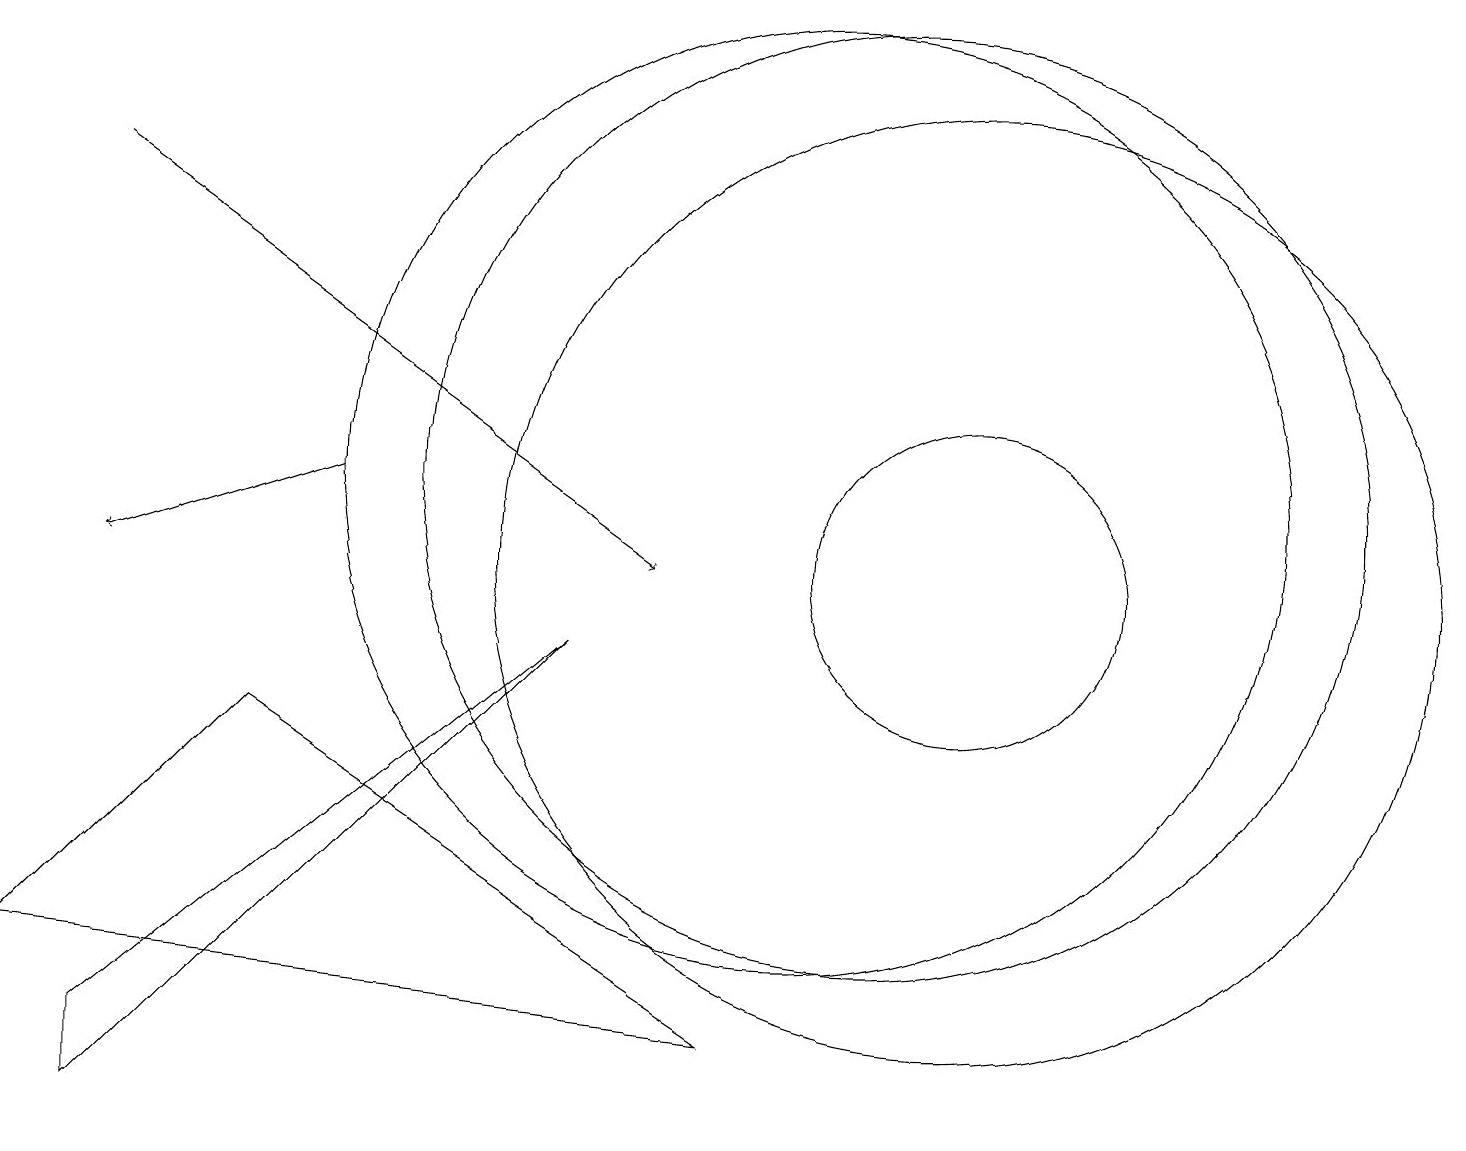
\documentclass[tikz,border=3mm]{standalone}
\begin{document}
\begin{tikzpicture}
\draw[->] (4,11) -- (1,10);
\draw (10,11) circle (6);
\draw (7,9) -- (1,4) -- (1,3) -- cycle;
\draw (11,11) circle (6);
\draw[->] (1,15) -- (8,10);
\draw (12,10) circle (2);
\draw (12,10) circle (6);
\draw (3,8) -- (9,4) -- (0,5) -- cycle;
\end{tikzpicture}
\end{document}